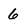
Character: 6